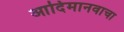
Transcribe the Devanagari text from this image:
आदिमानवाचा